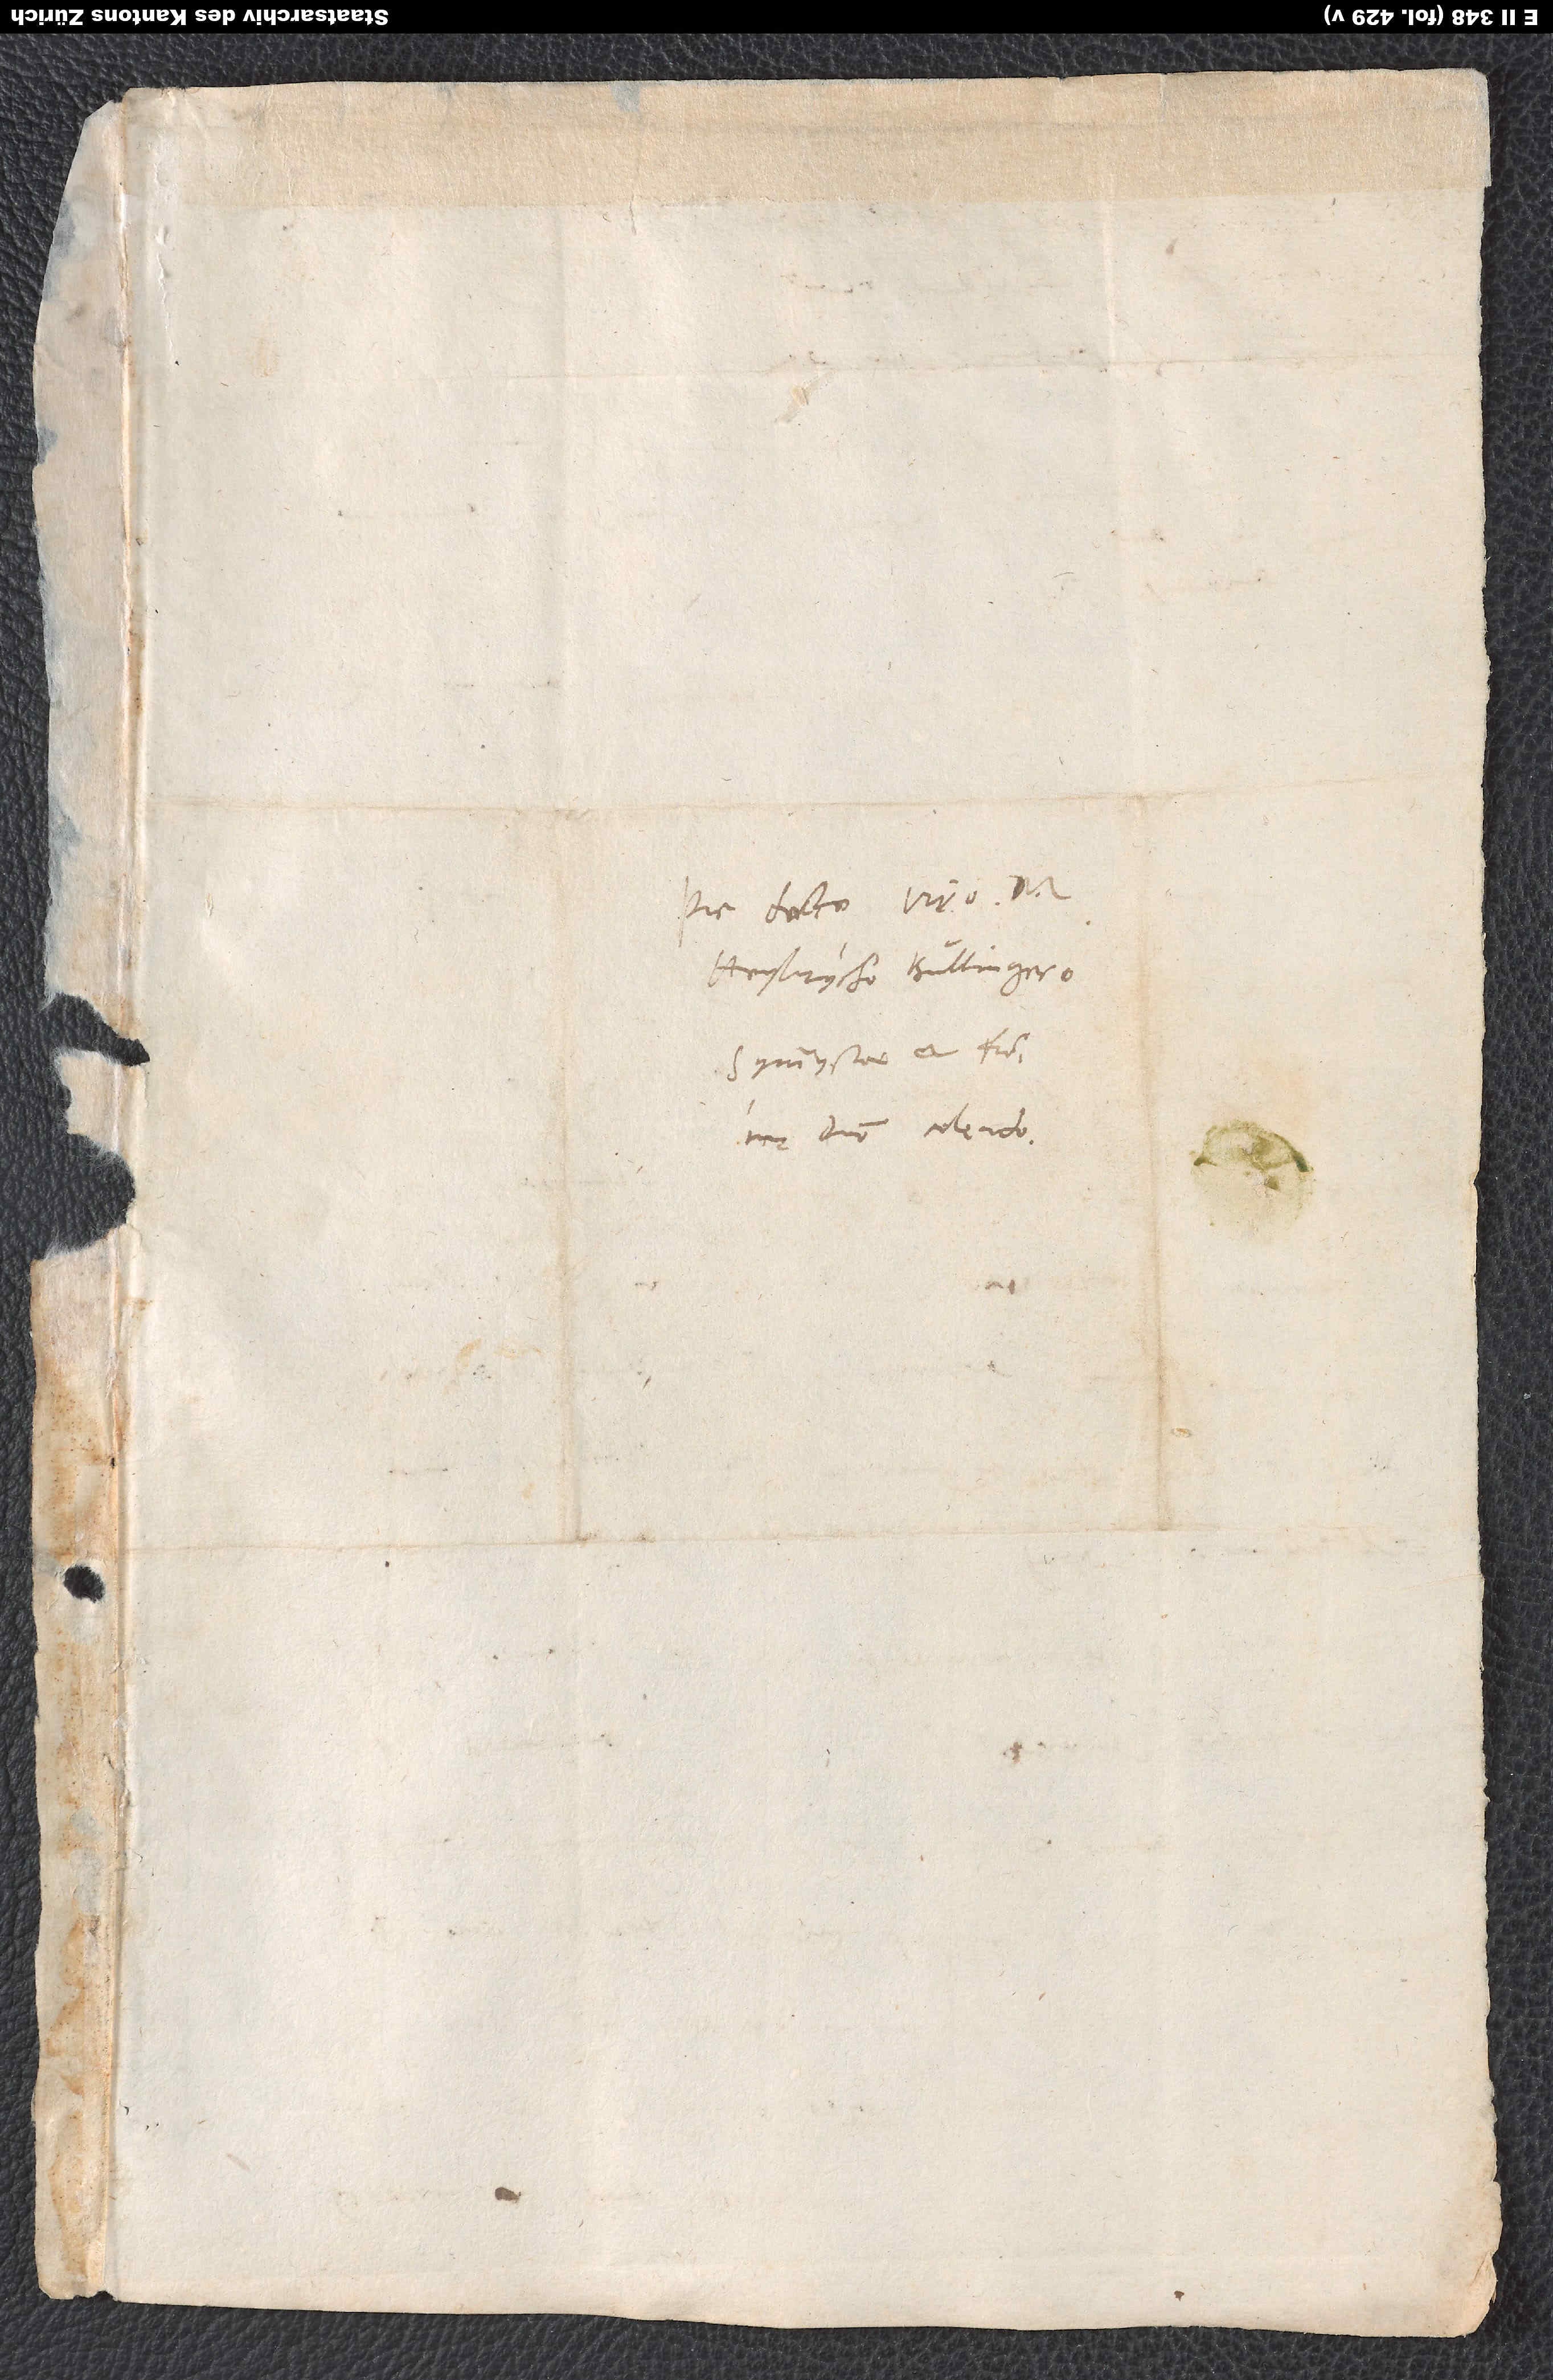
Pie docto viro M.
Heylrycho Bullingero,
symmystae et fratri
in domino colendo.